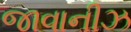
જાવાનીઝ